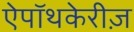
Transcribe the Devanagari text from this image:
ऐपॉथकेरीज़